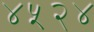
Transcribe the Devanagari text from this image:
४५२४